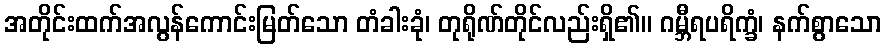
အတိုင်းထက်အလွန်ကောင်းမြတ်သော တံခါးခုံ၊ တုရိုဏ်တိုင်လည်းရှိ၏။ ဂမ္ဘီရပရိက္ခံ၊ နက်စွာသော